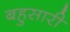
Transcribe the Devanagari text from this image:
बहुसारी